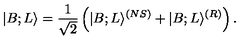
| B ; L \rangle = { \frac { 1 } { \sqrt { 2 } } } \left( | B ; L \rangle ^ { ( N S ) } + | B ; L \rangle ^ { ( R ) } \right) .